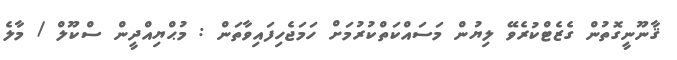
ޤާނޫނީގޮތުން ގެޒެޓްކުރެވޭ ލިޔުން މަސައްކަތްކުރުމަށް ހަމަޖެހިފައިވާތަން : މުޙްޔިއްދީން ސްކޫލް / މާލެ